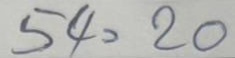
54 = 20